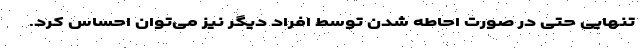
تنهایی حتی در صورت احاطه شدن توسط افراد دیگر نیز می‌توان احساس کرد.